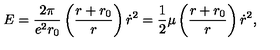
E = { \frac { 2 \pi } { e ^ { 2 } r _ { 0 } } } \left( { \frac { r + r _ { 0 } } { r } } \right) \dot { r } ^ { 2 } = { \frac { 1 } { 2 } } \mu \left( { \frac { r + r _ { 0 } } { r } } \right) \dot { r } ^ { 2 } ,